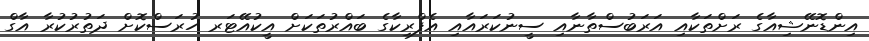
އިންޑޮނޭޝިއާގެ ރަށްތަކާއި އަރަބުސްތާނާއި ސީނުކަރައާއި އެފްރިކާގެ ބައްރުތަކަށް އީކުއޭޓަރ ހުރަސްކޮށް ދަތުރުކުރާ އާގް